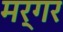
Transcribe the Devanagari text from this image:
मर्गर